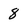
Character: 8